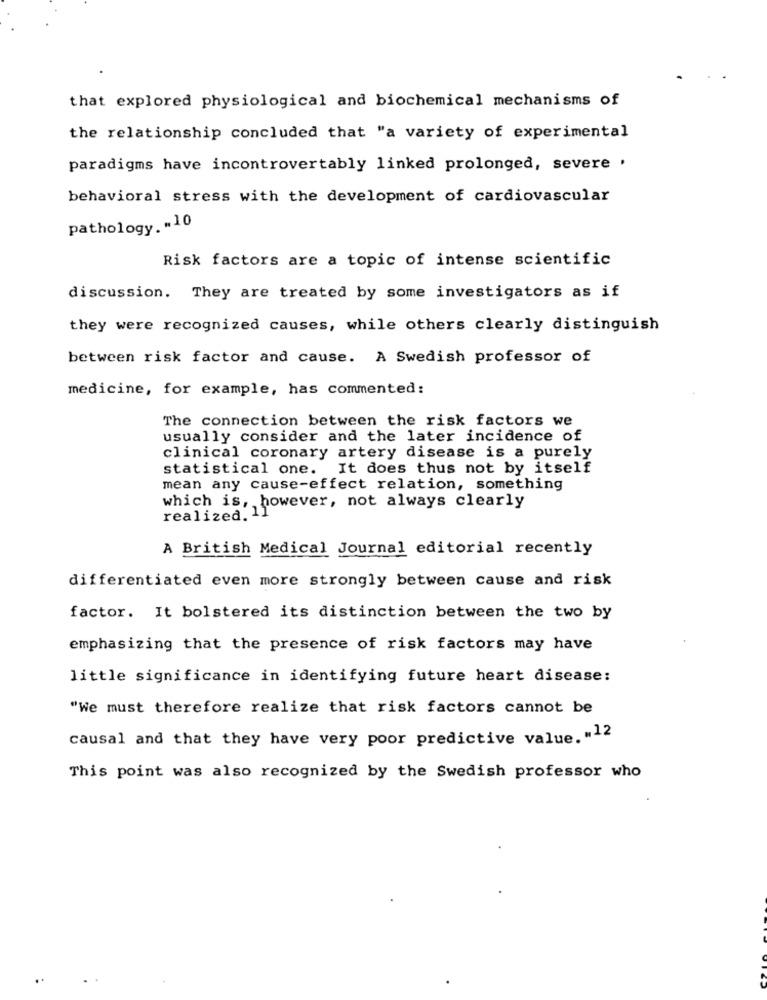
that explored physiological and biochemical mechanisms of
the relationship concluded that "a variety of experimental
paradigms have incontrovertably linked prolonged, severe .
behavioral stress with the development of cardiovascular
pathology .. 10
Risk factors are a topic of intense scientific
discussion. They are treated by some investigators as if
they were recognized causes, while others clearly distinguish
between risk factor and cause. A Swedish professor of
medicine, for example, has commented:
The connection between the risk factors we
usually consider and the later incidence of
clinical coronary artery disease is a purely
statistical one. It does thus not by itself
mean any cause-effect relation, something
which is, however, not always clearly
realized. 1.
A British Medical Journal editorial recently
differentiated even more strongly between cause and risk
factor. It bolstered its distinction between the two by
emphasizing that the presence of risk factors may have
little significance in identifying future heart disease:
"We must therefore realize that risk factors cannot be
causal and that they have very poor predictive value. "12
This point was also recognized by the Swedish professor who